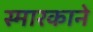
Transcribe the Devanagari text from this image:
स्मारकाने